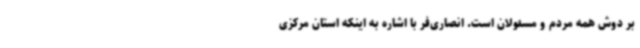
بر دوش همه مردم و مسئولان است. انصاری‌فر با اشاره به اینکه استان مرکزی